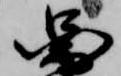
図